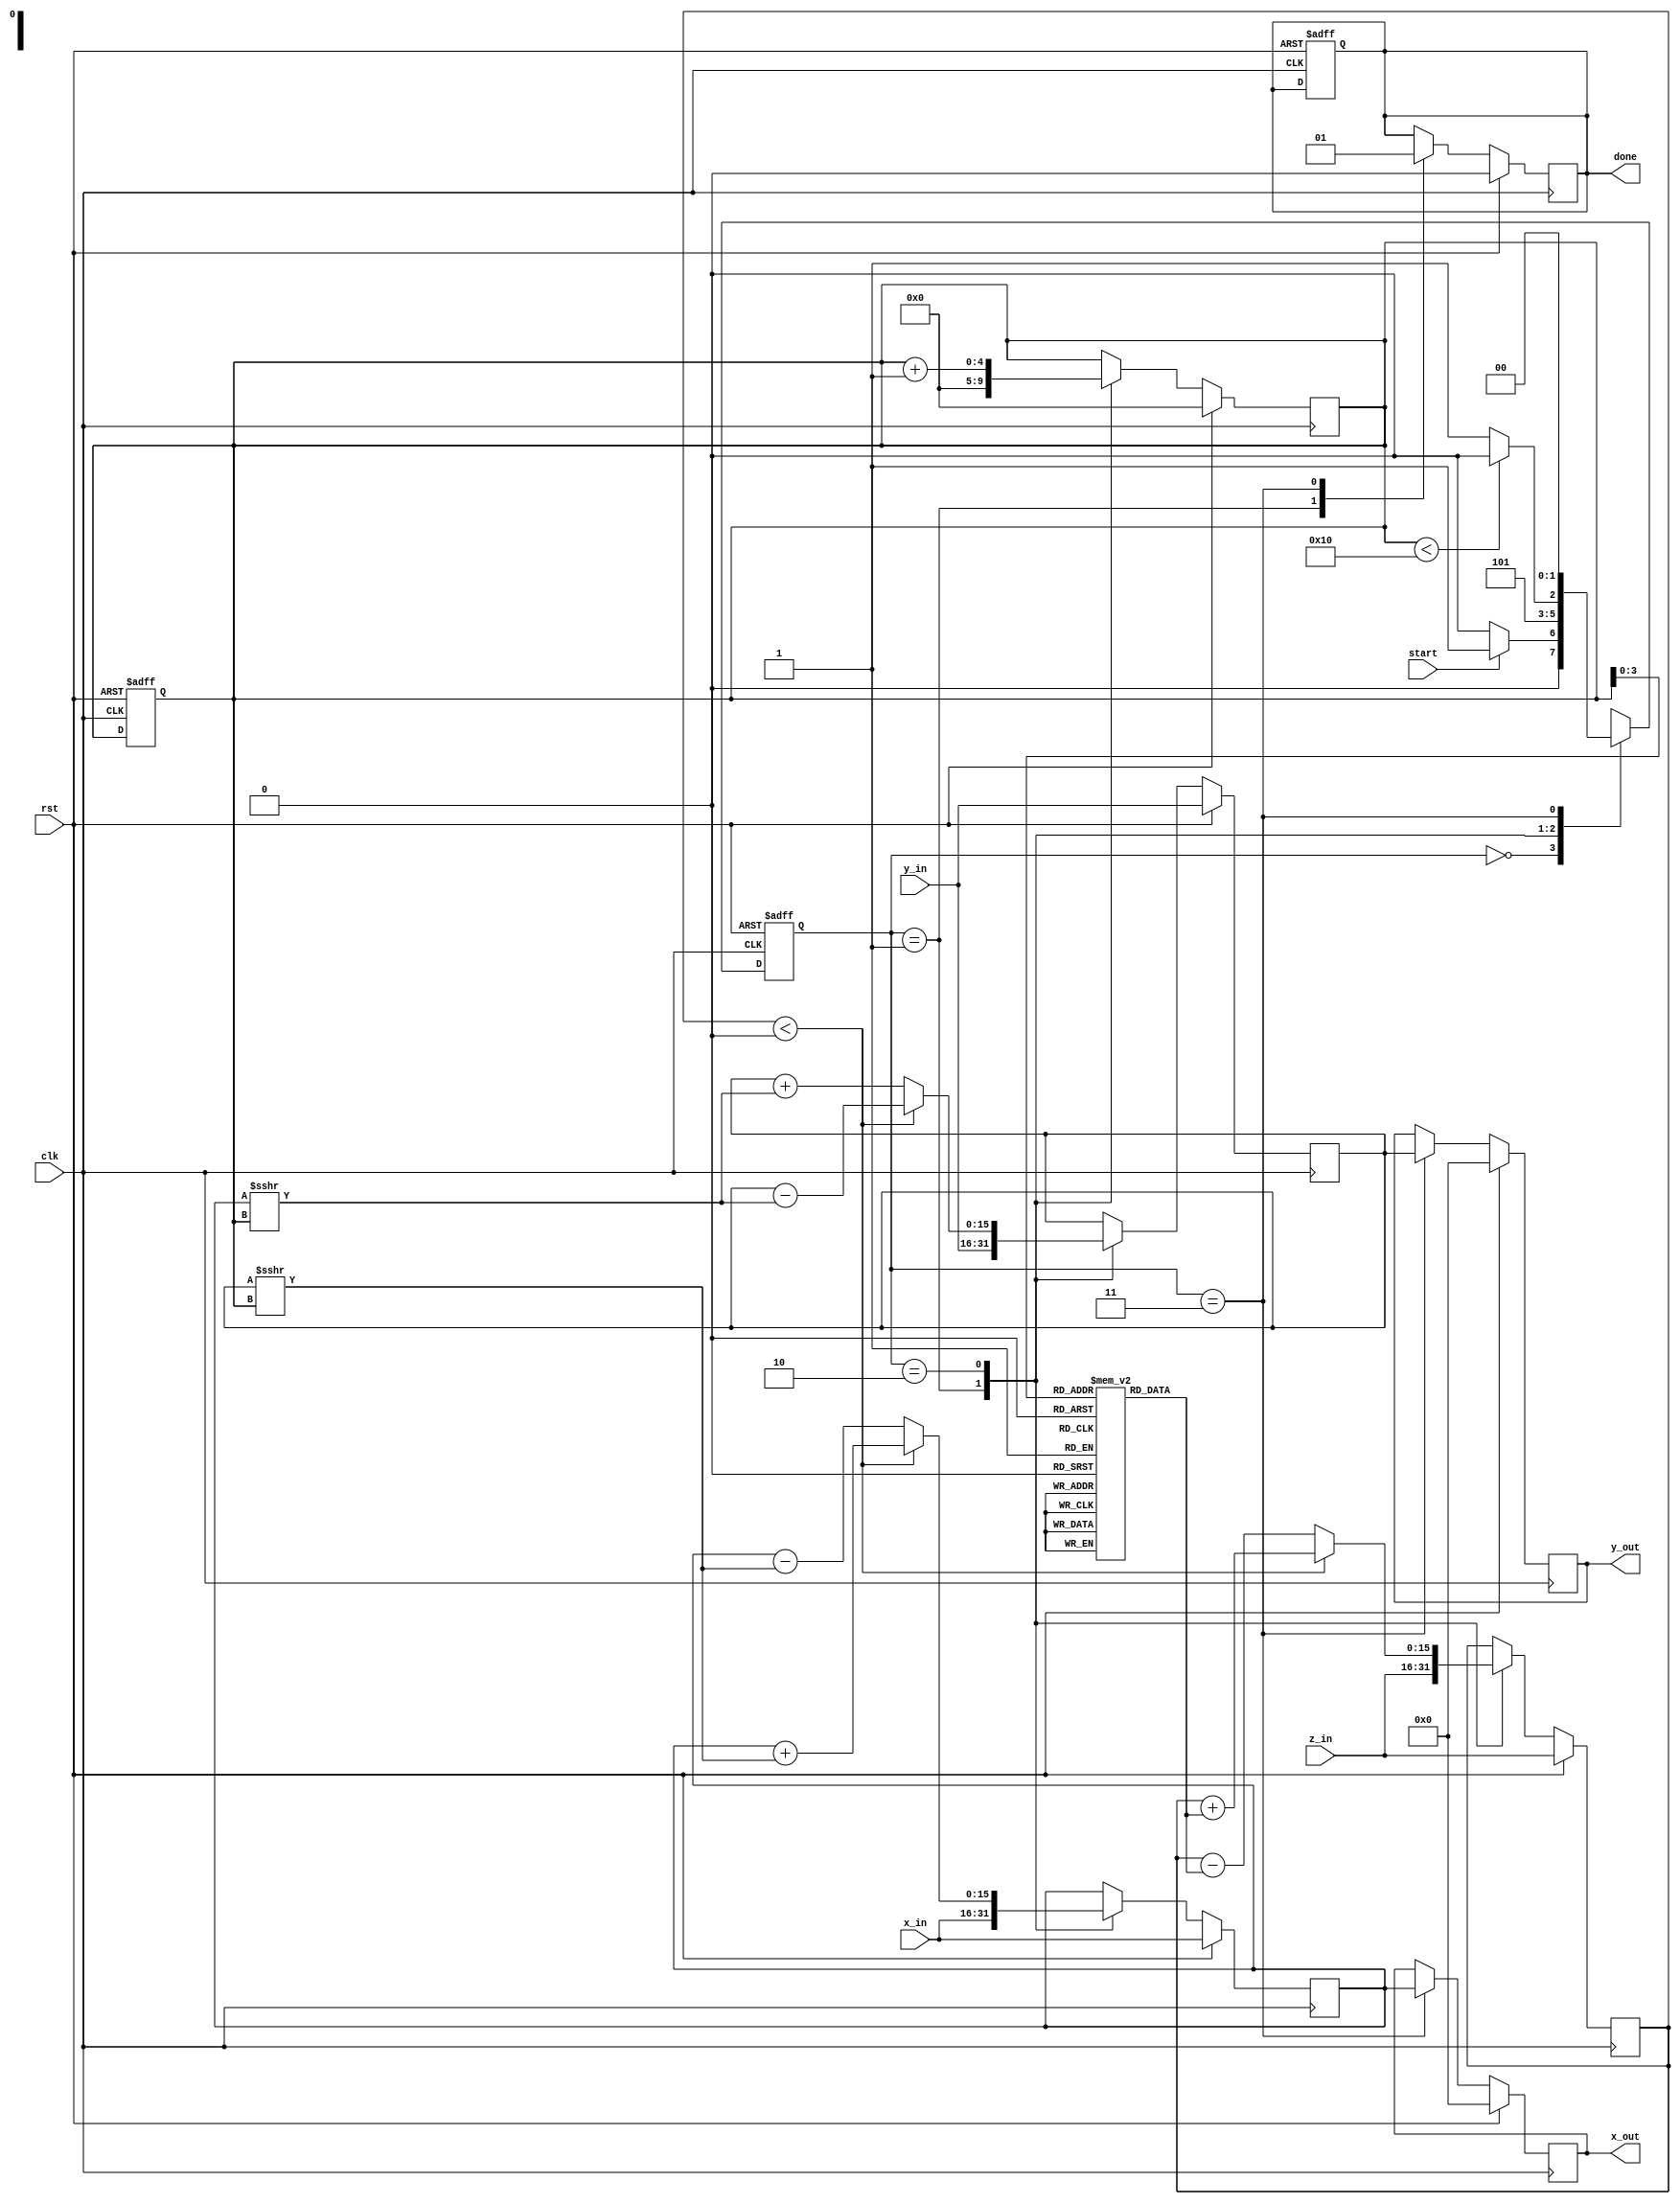
module modified_cordic #(
    parameter DATA_WIDTH = 16, // Width of fixed-point representation
    parameter ITERATIONS = 16   // Number of CORDIC iterations
)(
    input wire clk,                  // System clock
    input wire rst,                  // Reset signal
    input wire start,                // Start operation control signal
    input wire signed [DATA_WIDTH-1:0] x_in, // Input x coordinate
    input wire signed [DATA_WIDTH-1:0] y_in, // Input y coordinate
    input wire signed [DATA_WIDTH-1:0] z_in, // Input angle in radians
    output reg signed [DATA_WIDTH-1:0] x_out, // Output x coordinate
    output reg signed [DATA_WIDTH-1:0] y_out, // Output y coordinate
    output reg done                  // Operation completion signal
);

    reg [4:0] i;                     // Iteration counter
    reg [1:0] state, next_state;     // FSM state
    reg signed [DATA_WIDTH-1:0] x_reg, y_reg, z_reg;
    reg signed [DATA_WIDTH-1:0] z_rom [0:ITERATIONS-1]; // Lookup table for arctan values

    // CORDIC angle values in Qm.n format (example values)
    initial begin
        z_rom[0] = 16'h0000; // arctan(1) = 0
        z_rom[1] = 16'h2000; // arctan(0.5) = 26.565 degrees
        z_rom[2] = 16'h2C00; // arctan(0.414) = 22.619 degrees
        // ... (Fill in the remaining arctan values)
    end

    // State encoding
    localparam IDLE = 2'b00,
               INIT = 2'b01,
               ITERATE = 2'b10,
               DONE = 2'b11;

    // FSM for control logic
    always @(posedge clk or posedge rst) begin
        if (rst) begin
            state <= IDLE;
            i <= 0;
            done <= 0;
        end else begin
            state <= next_state;
        end
    end

    // Next state logic
    always @(*) begin
        case(state)
            IDLE: begin
                if (start) 
                    next_state = INIT;
                else
                    next_state = IDLE;
            end
            INIT: begin
                next_state = ITERATE;
            end
            ITERATE: begin
                if (i < ITERATIONS)
                    next_state = ITERATE;
                else
                    next_state = DONE;
            end
            DONE: begin
                next_state = IDLE;
            end
            default: next_state = IDLE;
        endcase
    end

    // CORDIC iteration logic
    always @(posedge clk) begin
        if (rst) begin
            x_reg <= x_in;
            y_reg <= y_in;
            z_reg <= z_in;
            i <= 0;
            x_out <= 0;
            y_out <= 0;
            done <= 0;
        end else begin
            case(state)
                INIT: begin
                    x_reg <= x_in;
                    y_reg <= y_in;
                    z_reg <= z_in;
                    i <= 0;
                    done <= 0;
                end
                ITERATE: begin
                    if (z_reg < 0) begin
                        x_reg <= x_reg + (y_reg >>> i);
                        y_reg <= y_reg - (x_reg >>> i);
                        z_reg <= z_reg + z_rom[i];
                    end else begin
                        x_reg <= x_reg - (y_reg >>> i);
                        y_reg <= y_reg + (x_reg >>> i);
                        z_reg <= z_reg - z_rom[i];
                    end
                    i <= i + 1; // Increment iteration count
                end
                DONE: begin
                    x_out <= x_reg;
                    y_out <= y_reg;
                    done <= 1; // Set done signal
                end
            endcase
        end
    end

endmodule